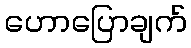
ဟောပြောချက်